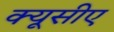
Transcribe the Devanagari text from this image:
क्यूसीए